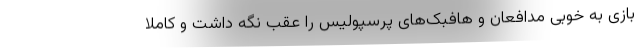
بازی به خوبی مدافعان و هافبک‌های پرسپولیس را عقب نگه داشت و کاملاً